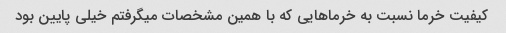
کیفیت خرما نسبت به خرماهایی که با همین مشخصات میگرفتم خیلی پایین بود